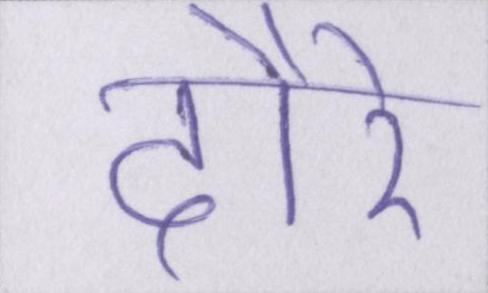
दौरे